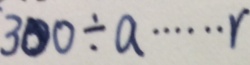
3 0 0 \div a \cdots r